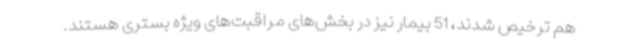
هم ترخیص شدند، 51 بیمار نیز در بخش‌های مراقبت‌های ویژه بستری هستند.